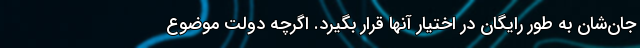
جان‌شان به طور رایگان در اختیار آنها قرار بگیرد. اگرچه دولت موضوع